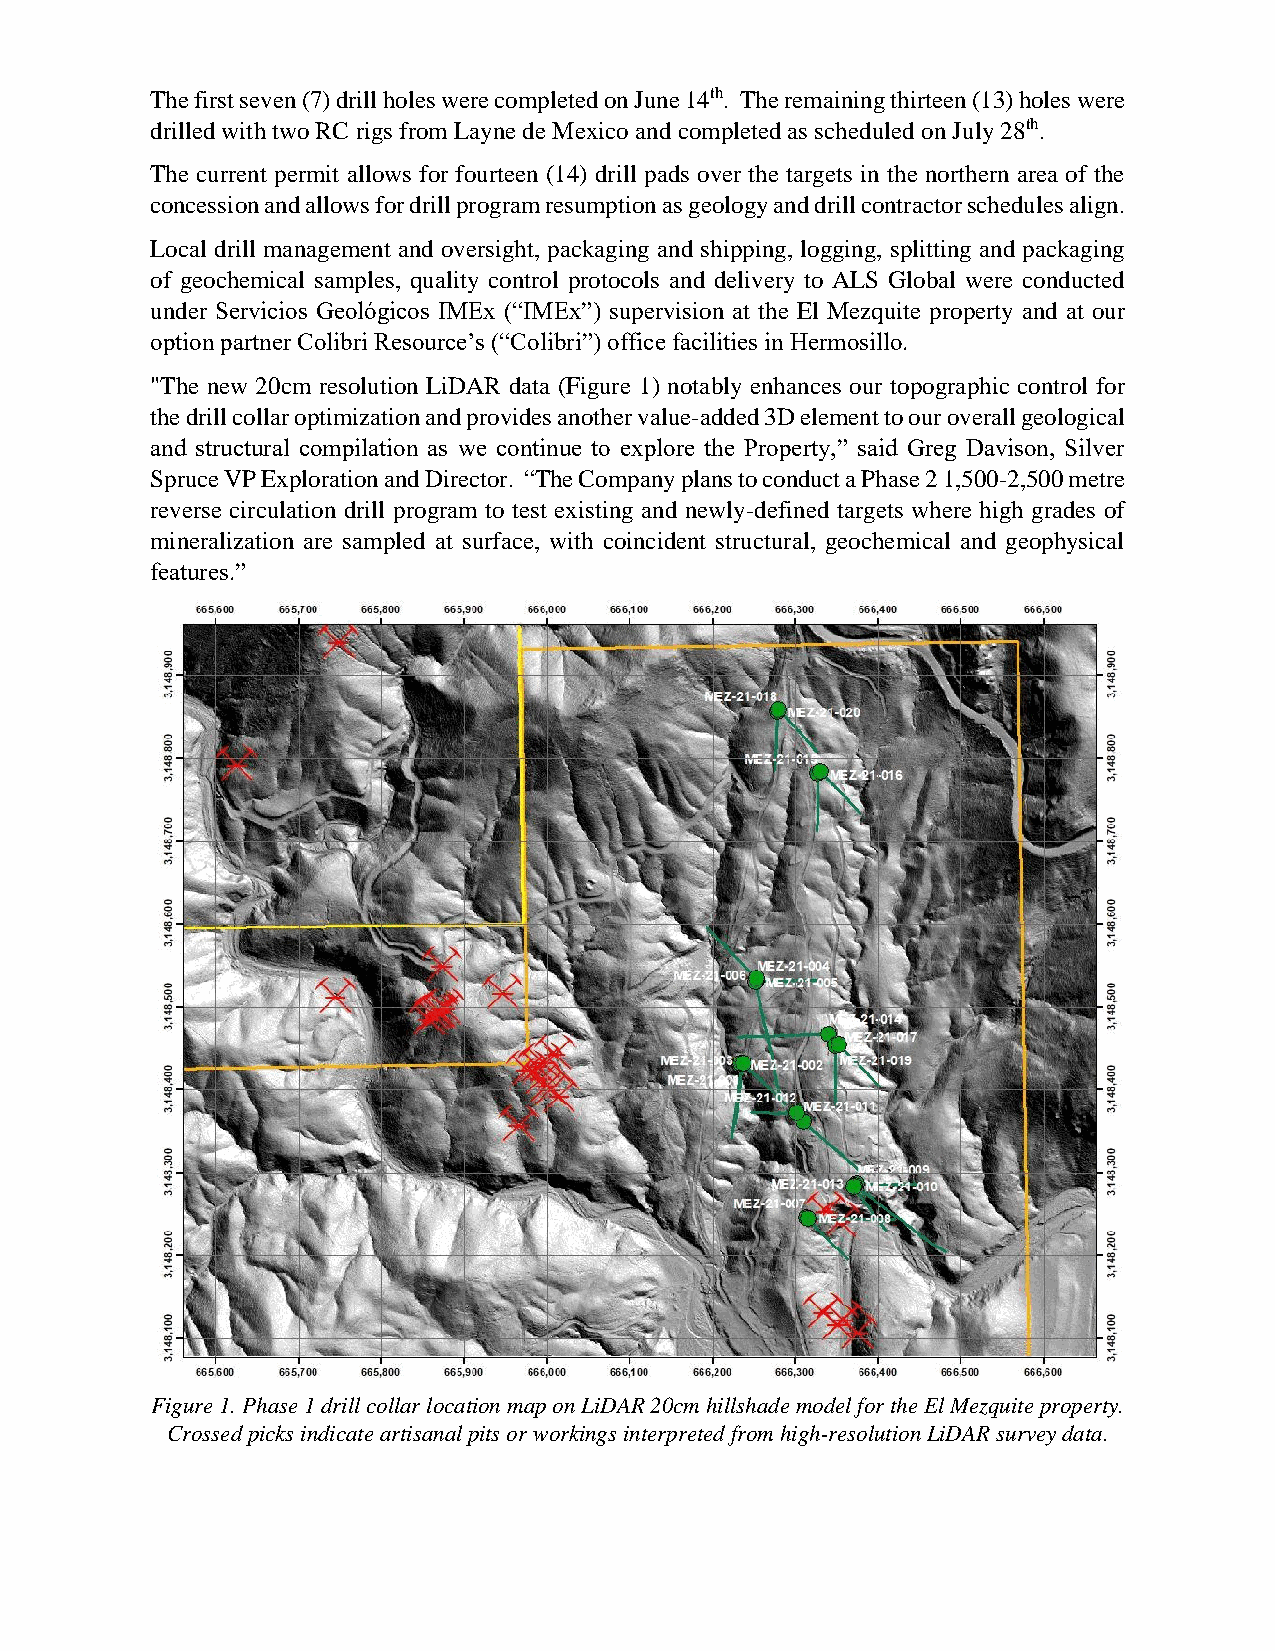
The first seven (7) drill holes were completed on June 14th. The remaining thirteen (13) holes were
 drilled with two RC rigs from Layne de Mexico and completed as scheduled on July 28th.
 The current permit allows for fourteen (14) drill pads over the targets in the northern area of the
 concession and allows for drill program resumption as geology and drill contractor schedules align.
 Local drill management and oversight, packaging and shipping, logging, splitting and packaging
 of geochemical samples, quality control protocols and delivery to ALS Global were conducted
 under Servicios Geológicos IMEx (“IMEx”) supervision at the El Mezquite property and at our
 option partner Colibri Resource’s (“Colibri”) office facilities in Hermosillo.
 "The new 20cm resolution LiDAR data (Figure 1) notably enhances our topographic control for
 the drill collar optimization and provides another value-added 3D element to our overall geological
 and structural compilation as we continue to explore the Property,” said Greg Davison, Silver
 Spruce VP Exploration and Director. “The Company plans to conduct a Phase 2 1,500-2,500 metre
 reverse circulation drill program to test existing and newly-defined targets where high grades of
 mineralization are sampled at surface, with coincident structural, geochemical and geophysical
 features.”
 Figure 1. Phase 1 drill collar location map on LiDAR 20cm hillshade model for the El Mezquite property.
 Crossed picks indicate artisanal pits or workings interpreted from high-resolution LiDAR survey data.